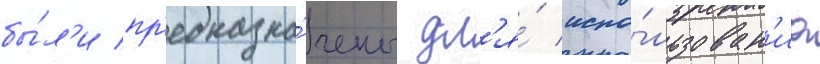
бы́л'и пр'едназна́чены дл'я́ испо́льзован'иа